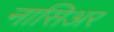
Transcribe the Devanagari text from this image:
नासिअर